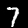
Label: 7